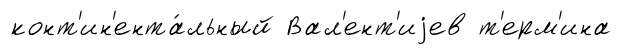
конт'ин'ента́льный Вал'ент'иjев т'ерм'ина